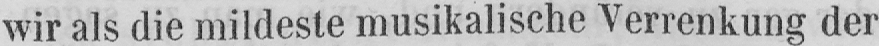
wir als die mildeste musikalische Verrenkung der